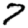
Digit: 7